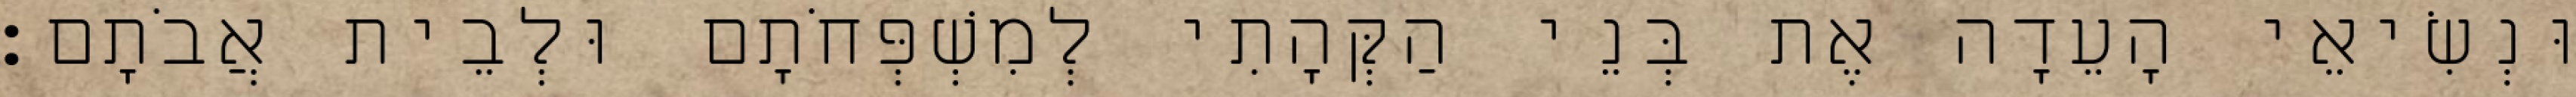
וּנְשִׂיאֵי הָעֵדָה אֶת בְּנֵי הַקְּהָתִי לְמִשְׁפְּחֹתָם וּלְבֵית אֲבֹתָם׃